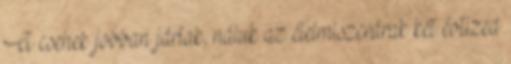
A csehek jobban jártak, náluk az élelmiszerárak két évtized